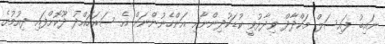
ނައިބު ފައިސަލް މަކްދާދް ވިދާޅުވީ ކުޑަކުދިންނާއި އަންހެނުންނަށް އެ ސަރަހައްދު ދޫކޮށްފައި ދިއުމުގެ